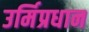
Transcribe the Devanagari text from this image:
उर्मिप्रधान